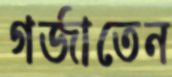
গর্‌জাতেন